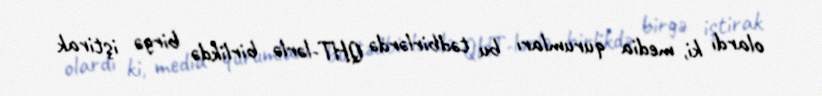
olardı ki, media qurumları bu tədbirlərdə QHT-lərlə birlikdə birgə iştirak